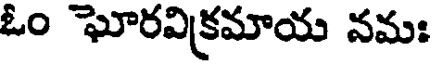
ఓం ఘోరవిక్రమాయ నమః